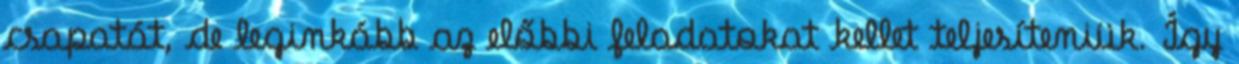
csapatát, de leginkább az előbbi feladatokat kellet teljesíteniük. Így